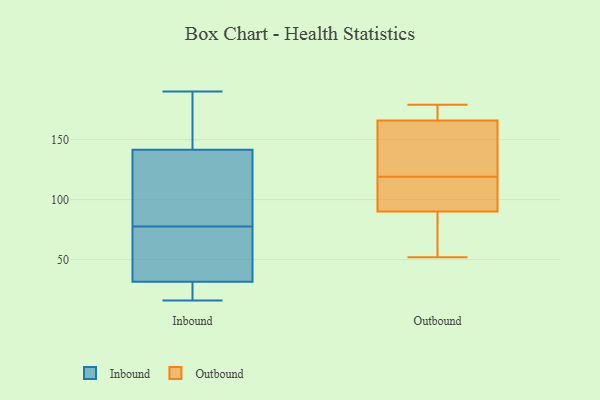
{"axis": {"x": "Page Views", "y": "Value"}, "legend": ["Inbound", "Outbound"], "data": [{"x": "", "y": 84, "type": "Inbound"}, {"x": "", "y": 112, "type": "Inbound"}, {"x": "", "y": 33, "type": "Inbound"}, {"x": "", "y": 66, "type": "Inbound"}, {"x": "", "y": 26, "type": "Inbound"}, {"x": "", "y": 26, "type": "Inbound"}, {"x": "", "y": 153, "type": "Inbound"}, {"x": "", "y": 130, "type": "Inbound"}, {"x": "", "y": 92, "type": "Inbound"}, {"x": "", "y": 30, "type": "Inbound"}, {"x": "", "y": 173, "type": "Inbound"}, {"x": "", "y": 37, "type": "Inbound"}, {"x": "", "y": 53, "type": "Inbound"}, {"x": "", "y": 188, "type": "Inbound"}, {"x": "", "y": 190, "type": "Inbound"}, {"x": "", "y": 79, "type": "Inbound"}, {"x": "", "y": 76, "type": "Inbound"}, {"x": "", "y": 16, "type": "Inbound"}, {"x": "", "y": 20, "type": "Inbound"}, {"x": "", "y": 188, "type": "Inbound"}, {"x": "", "y": 95, "type": "Outbound"}, {"x": "", "y": 174, "type": "Outbound"}, {"x": "", "y": 178, "type": "Outbound"}, {"x": "", "y": 52, "type": "Outbound"}, {"x": "", "y": 129, "type": "Outbound"}, {"x": "", "y": 129, "type": "Outbound"}, {"x": "", "y": 158, "type": "Outbound"}, {"x": "", "y": 149, "type": "Outbound"}, {"x": "", "y": 79, "type": "Outbound"}, {"x": "", "y": 66, "type": "Outbound"}, {"x": "", "y": 95, "type": "Outbound"}, {"x": "", "y": 94, "type": "Outbound"}, {"x": "", "y": 86, "type": "Outbound"}, {"x": "", "y": 109, "type": "Outbound"}, {"x": "", "y": 179, "type": "Outbound"}, {"x": "", "y": 177, "type": "Outbound"}]}